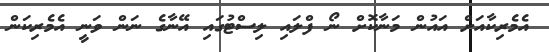
އެމެރިކާއަށް އައުން މަނާކޮށް ނޯ ފްލައި ލިސްޓުގައި އޭނާގެ ނަން ވަނީ އެމެރިކަން